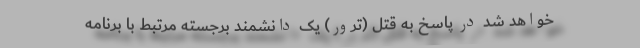
خواهد شد در پاسخ به قتل (ترور) یک دانشمند برجسته مرتبط با برنامه